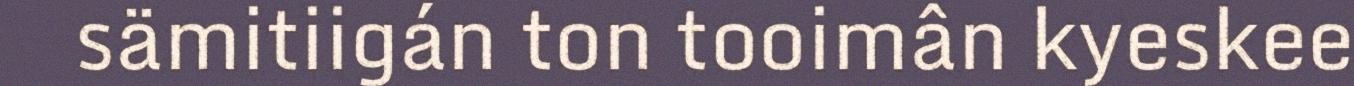
sämitiigán ton tooimân kyeskee